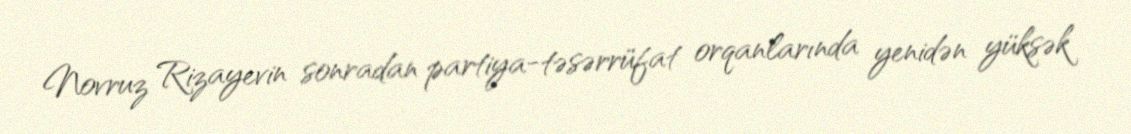
Novruz Rizayevin sonradan partiya-təsərrüfat orqanlarında yenidən yüksək